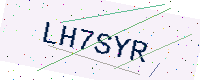
Text: LH7SYR